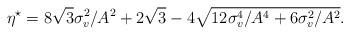
LaTeX: \begin{align*}\eta^{\star}=8\sqrt{3}\sigma_v^2/A^2+2\sqrt{3}-4\sqrt{12\sigma_v^4/A^4+6\sigma_v^2/A^2}.\end{align*}